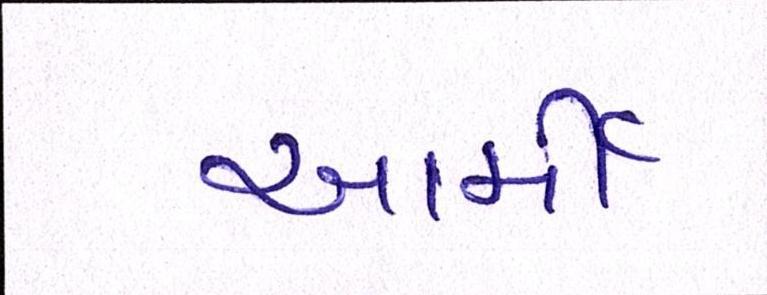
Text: આર્મી